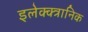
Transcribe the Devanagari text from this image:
इलेक्क्त्रानिक